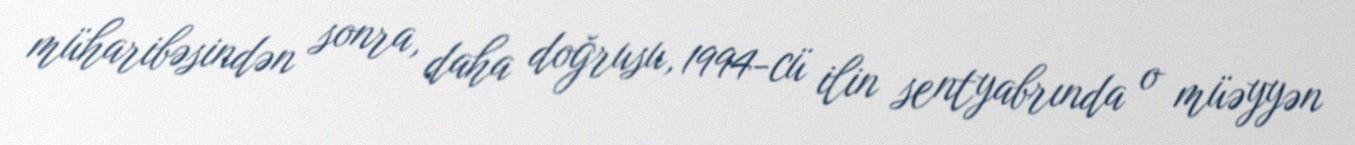
müharibəsindən sonra, daha doğrusu, 1994-cü ilin sentyabrında o müəyyən